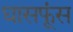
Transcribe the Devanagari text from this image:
घासफूंस